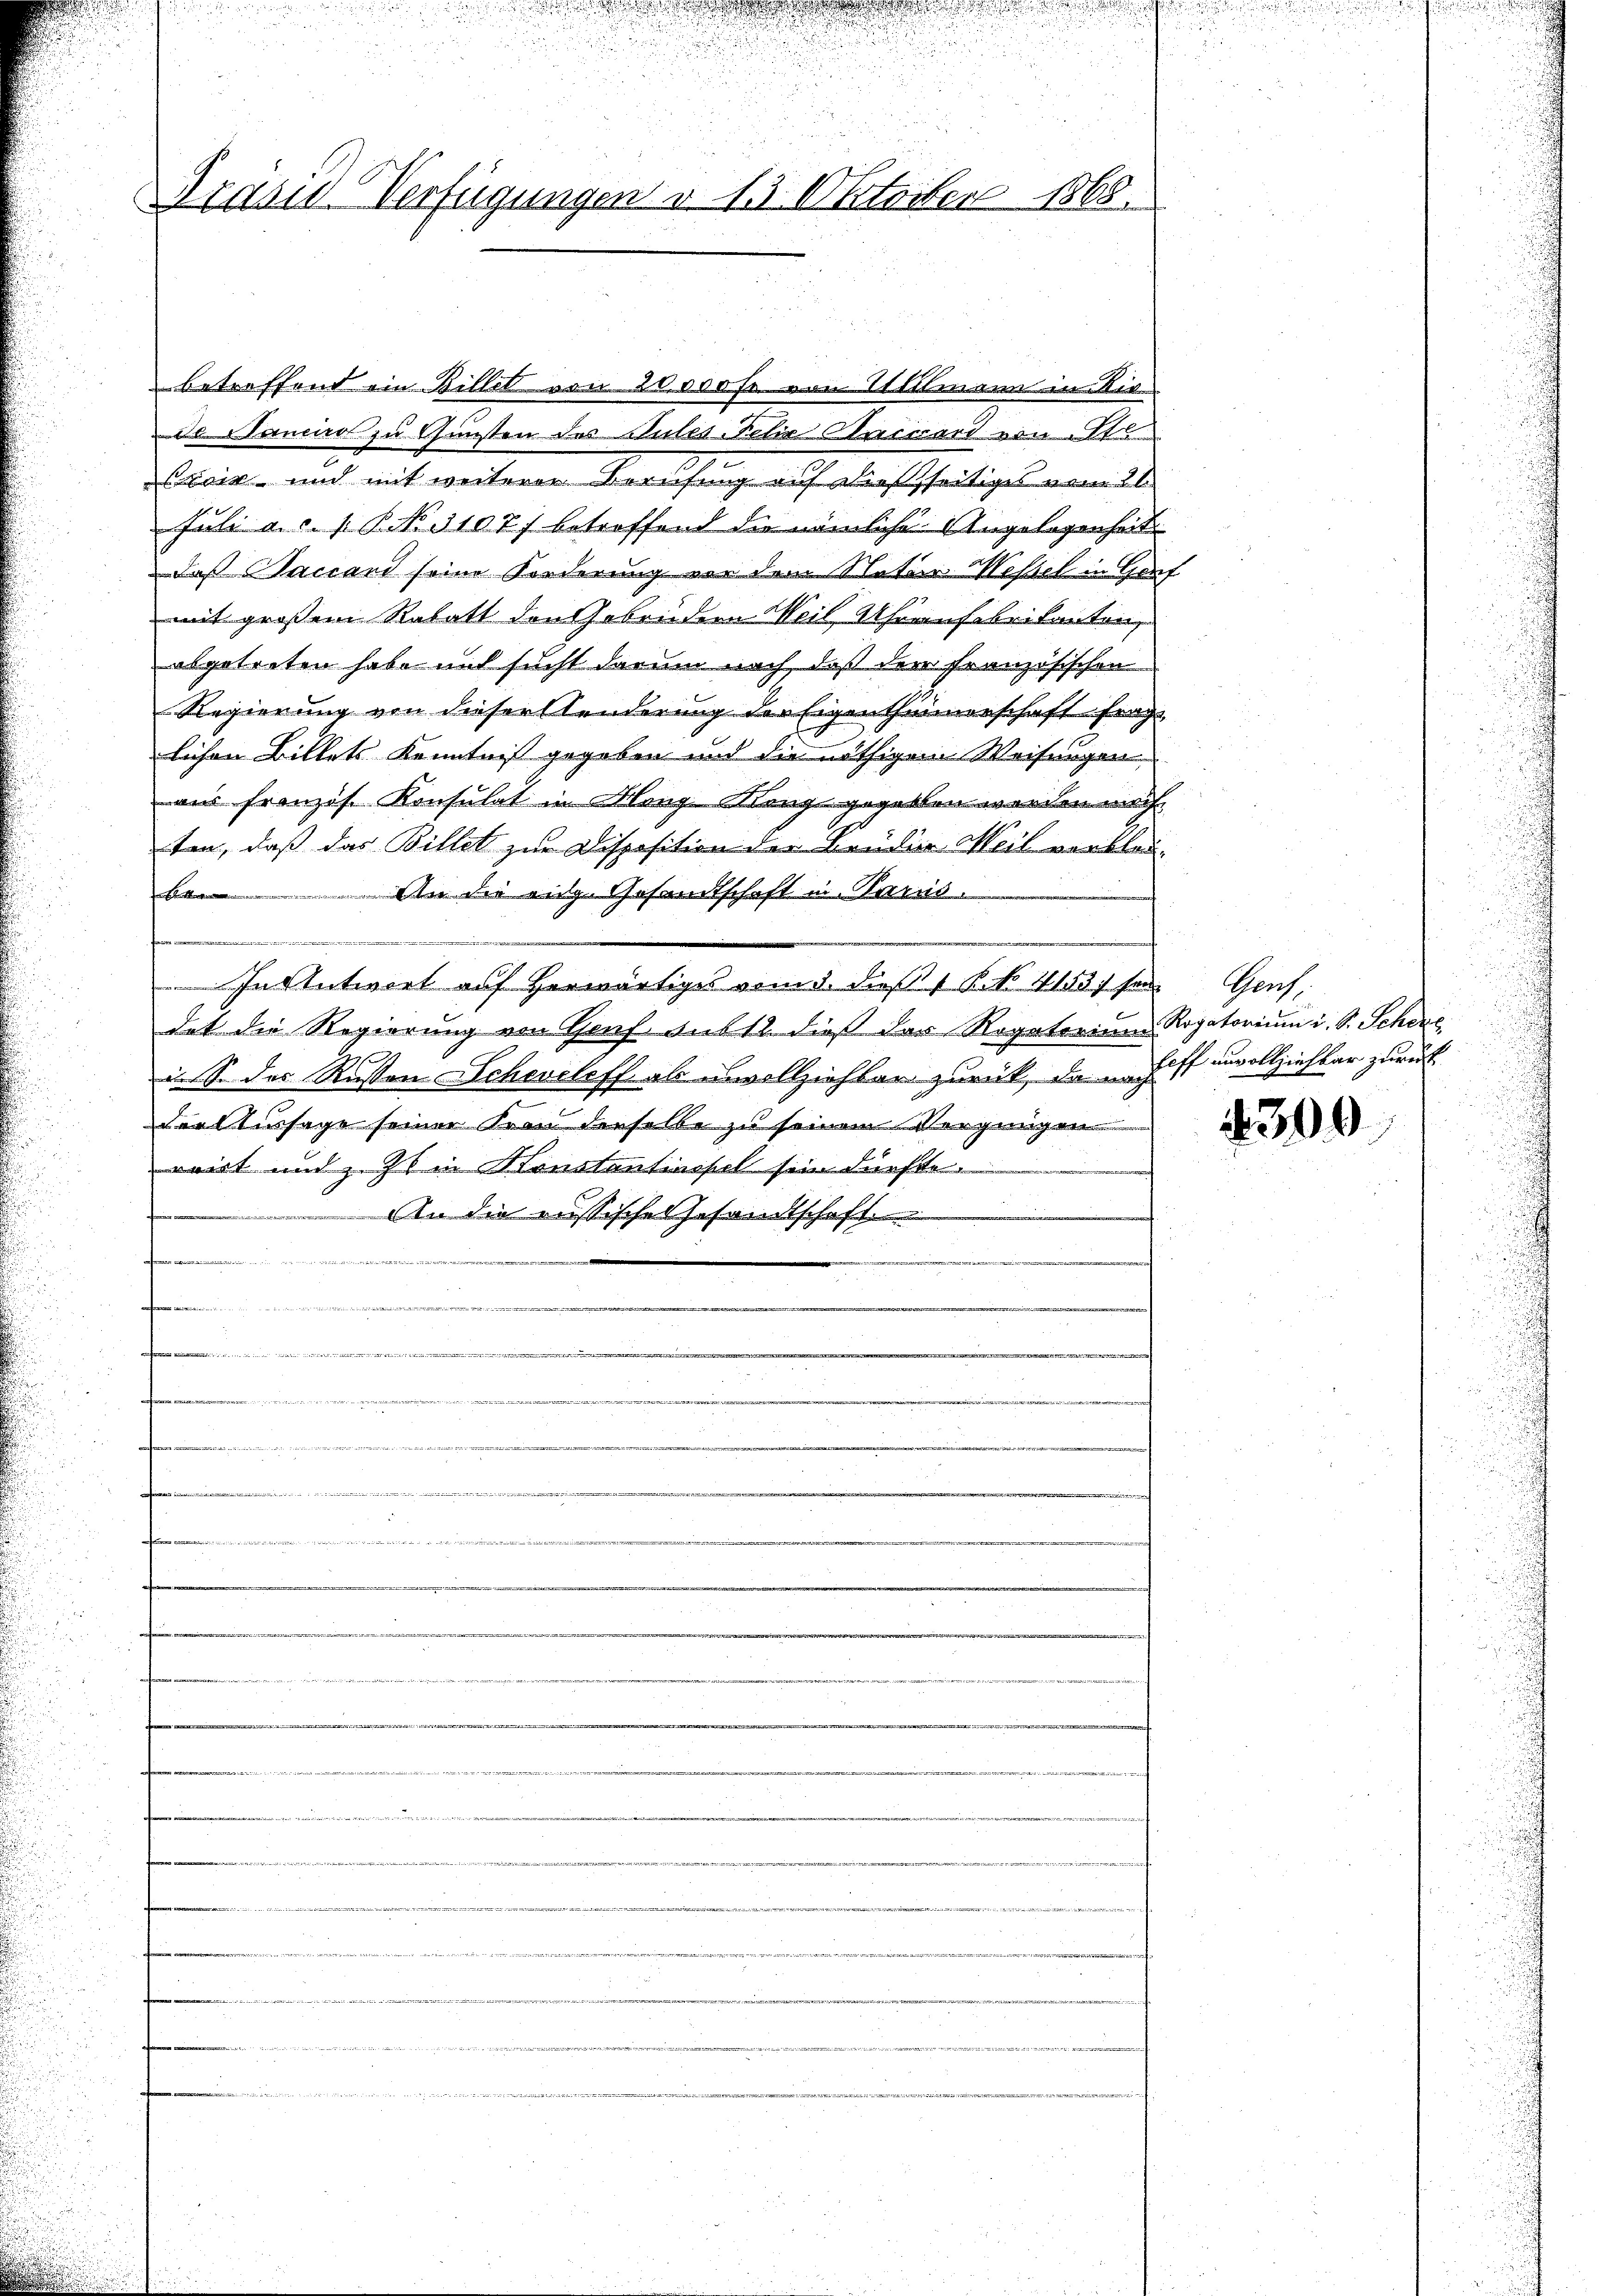
Brasis Verfügungen v. 15. Oktober 1868.

betreffend ein Billet von 20,000 Fr. von Sittmann in Rie
da Nanciro zu Gunsten des Gutes Felix Cassard von Sto
icir- und mit weiterer Berufung auf darf seitiges vom 21.
Juli a.c. s. P. No. 3107) betreffend die nämliche Angelegenheit
daß Saccard seine Forderung vor dem Natur Messel in Ger
mit großem Rabatt den Gebrüdern Weil, Uhrenfabrikanton
abgetreten habe mit sucht darum nach, daß der Französischen
Regierung von dieser Aenderung der Eigenthümerschaft frage
lichen Billets Kenntniß gegeben und die nöthigem Weisungen
vir franzis. Konsulat in Klang Klang gegeben werden mach
ten, daß das Billet zur Disposition der Baudia Meil verbleifaser
An die eige Gesandtschaft in Paris.

Intntwort auf herwärtiges vom 5. dieß 1 § 41857 ser Genf,
dat die Regierung von Genf aus 12. dieß der Rogatorium Rogatorium i. S. Schere
in S. der Rusten Scheveleff als unvollziehter zurück, da in Hoff unvollziehbar zurück
der Aussage seiner Frau derselbe zu seinen Vergnügen
ruirt und z. Z. in Konstantinopel sie dürfte.
fe
An die aussische Gesandtschaft
 zitier a

m
wir, wie in ihren
isirung des
dee der einer den sei eredenen verweitet werden werden werden werden wordes an der einer mit einen mit
.
ten, und
f
.
f
t
iger vorbenerationnern eine eigen an
e

300